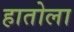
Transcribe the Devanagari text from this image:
हातोला